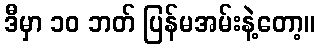
ဒီမှာ ၁၀ ဘတ် ပြန်မအမ်းနဲ့တော့။